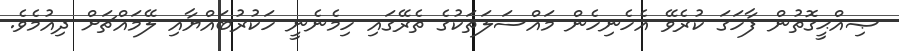
ޞިއްޙީގޮތުން ފާހަގަ ކުރެވޭ އެހެނިހެން މައްސަލަތަކުގެ ތެރޭގައި ހިމެނެނީ ހަކުރުބައްޔާއި ލޭމައްޗަށް ދިއުމެވެ.